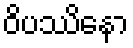
ဝိပဿိနော